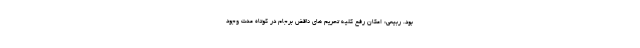
بود. ربیعی: امکان رفع کلیه تحریم های ناقض برجام در کوتاه مدت وجود